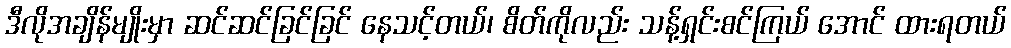
ဒီလိုအချိန်မျိုးမှာ ဆင်ဆင်ခြင်ခြင် နေသင့်တယ်၊ စိတ်ကိုလည်း သန့်ရှင်းစင်ကြယ် အောင် ထားရတယ်